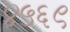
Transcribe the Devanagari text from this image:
४५६९